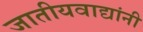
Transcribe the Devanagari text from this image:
जातीयवाद्यांनी